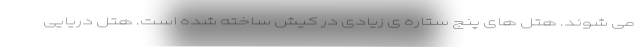
می شوند. هتل های پنج ستاره ی زیادی در کیش ساخته شده است. هتل دریایی